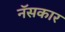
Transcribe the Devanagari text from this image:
नॅसकार